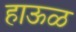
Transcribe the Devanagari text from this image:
हाऊळ